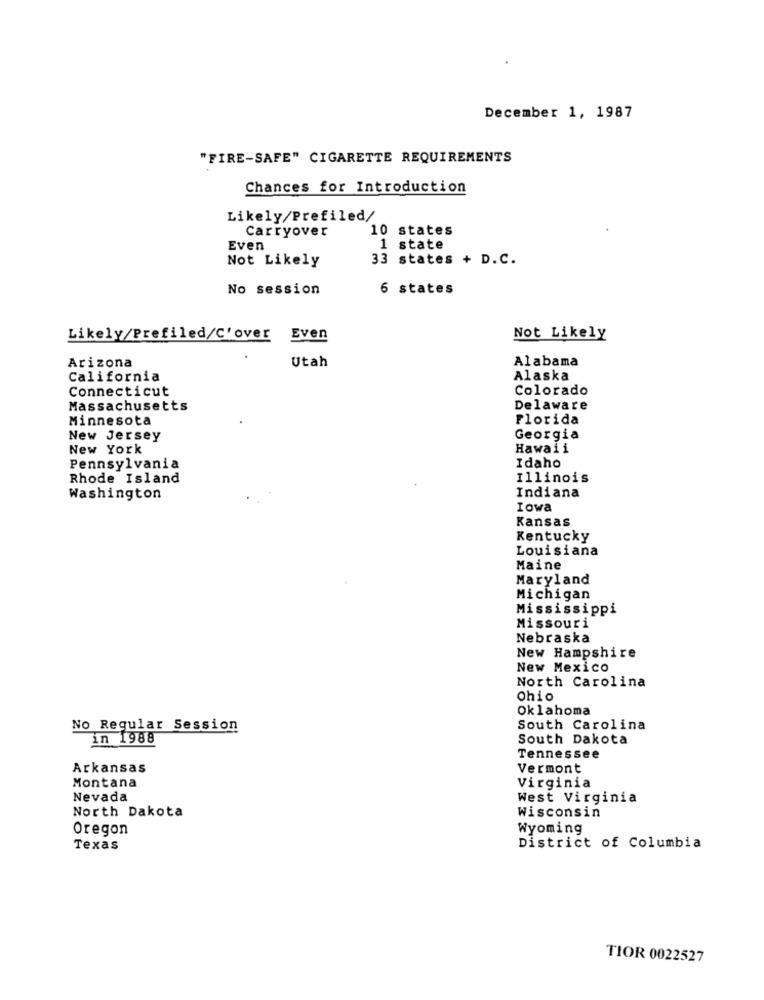
December 1, 1987
"FIRE-SAFE" CIGARETTE REQUIREMENTS
Chances for Introduction
Likely/Prefiled/
Carryover
10 states
Even
1 state
Not Likely
33 states + D.C.
No session
6 states
Likely/Prefiled/C'over Even
Not Likely
Utah
Alabama
Arizona
California
Alaska
Connecticut
Colorado
Massachusetts
Delaware
Minnesota
Florida
New Jersey
Georgia
New York
Hawaii
Idaho
Pennsylvania
Rhode Island
Illinois
Indiana
Washington
Iowa
Kansas
Kentucky
Louisiana
Maine
Maryland
Michigan
Mississippi
Missouri
Nebraska
New Hampshire
New Mexico
North Carolina
Ohio
Oklahoma
No Regular Session
South Carolina
in 1988
South Dakota
Tennessee
Arkansas
Vermont
Montana
Virginia
Nevada
West Virginia
North Dakota
Wisconsin
Oregon
Wyoming
Texas
District of Columbia
TIOR 0022527